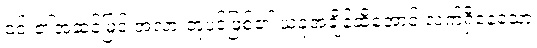
၎င်း၏အဆင့်မြင့် အလားတူပင်ဖြစ်၏ ယခုအချိန်ထိအောင် လက်ရှိနေသော